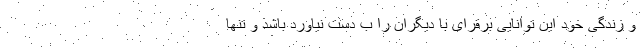
و زندگی خود این توانایی برقرای با دیگران را ب دست نیاورد باشد و تنها